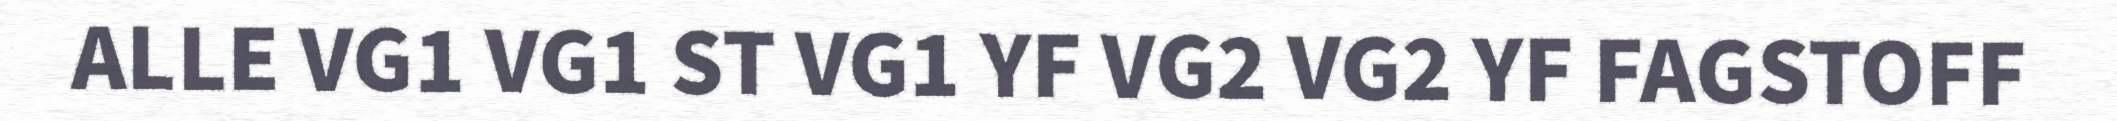
ALLE VG1 VG1 ST VG1 YF VG2 VG2 YF FAGSTOFF